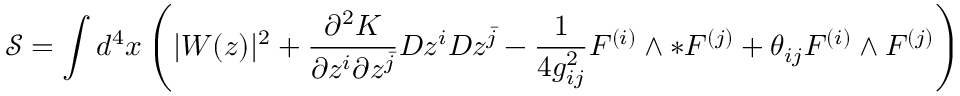
\mathcal { S } = \int d ^ { 4 } x \left( | W ( z ) | ^ { 2 } + \frac { \partial ^ { 2 } K } { \partial z ^ { i } \partial z ^ { \bar { j } } } D z ^ { i } D z ^ { \bar { j } } - \frac { 1 } { 4 g _ { i j } ^ { 2 } } F ^ { ( i ) } \wedge * F ^ { ( j ) } + \theta _ { i j } F ^ { ( i ) } \wedge F ^ { ( j ) } \right)